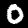
Label: 0